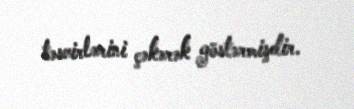
təsvirlərini çəkərək göstərmişdir.